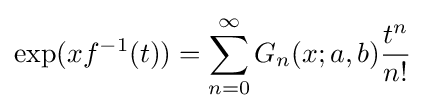
\displaystyle \exp(xf^{-1}(t))=\sum _{n=0}^{\infty }G_{n}(x;a,b){\frac {t^{n}}{n!}}